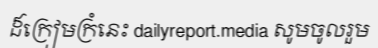
ដ៏ក្រៀមក្រំនេះ dailyreport.media សូមចូលរួម